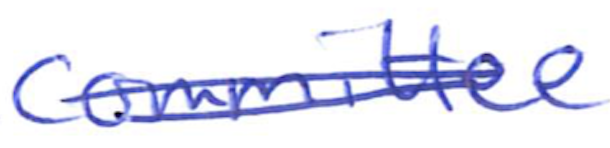
Text: Committee
Cross-out: mix
Writing tool: ballpoint